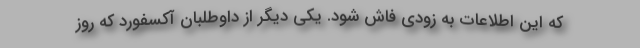
که این اطلاعات به زودی فاش شود. یکی دیگر از داوطلبان آکسفورد که روز